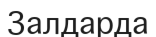
Залдарда